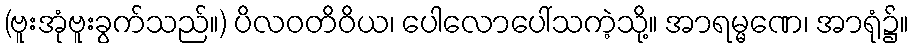
(ဗူးအုံဗူးခွက်သည်။) ပိလဝတိဝိယ၊ ပေါလောပေါ်သကဲ့သို့။ အာရမ္မဏေ၊ အာရုံ၌။